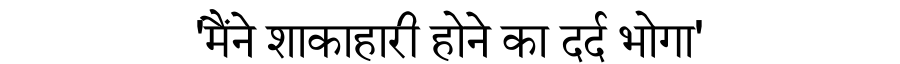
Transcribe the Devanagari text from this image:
'मैंने शाकाहारी होने का दर्द भोगा'